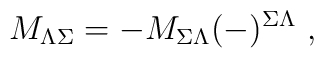
M_{\Lambda\Sigma}=-M_{\Sigma\Lambda}(-)^{\Sigma\Lambda}\ ,